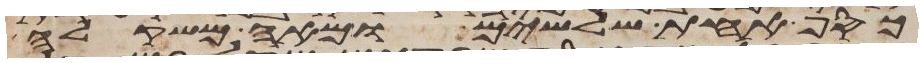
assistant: כסף אחת שלשים ומאה משקלה